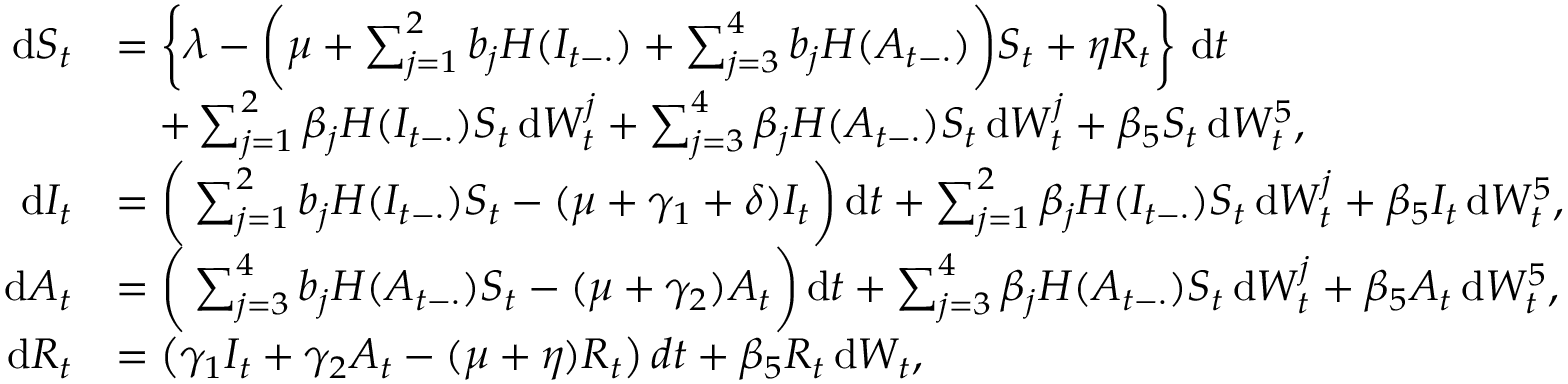
\begin{array} { r l } { \mathrm { d } S _ { t } } & { = \left\{ \lambda - \bigg ( \mu + \sum _ { j = 1 } ^ { 2 } b _ { j } H ( I _ { t - \cdot } ) + \sum _ { j = 3 } ^ { 4 } b _ { j } H ( A _ { t - \cdot } ) \bigg ) S _ { t } + \eta R _ { t } \right\} \, \mathrm { d } t } \\ & { \quad + \sum _ { j = 1 } ^ { 2 } \beta _ { j } H ( I _ { t - \cdot } ) S _ { t } \, \mathrm { d } W _ { t } ^ { j } + \sum _ { j = 3 } ^ { 4 } \beta _ { j } H ( A _ { t - \cdot } ) S _ { t } \, \mathrm { d } W _ { t } ^ { j } + \beta _ { 5 } S _ { t } \, \mathrm { d } W _ { t } ^ { 5 } , } \\ { \mathrm { d } I _ { t } } & { = \bigg ( \sum _ { j = 1 } ^ { 2 } b _ { j } H ( I _ { t - \cdot } ) S _ { t } - ( \mu + \gamma _ { 1 } + \delta ) I _ { t } \bigg ) \, \mathrm { d } t + \sum _ { j = 1 } ^ { 2 } \beta _ { j } H ( I _ { t - \cdot } ) S _ { t } \, \mathrm { d } W _ { t } ^ { j } + \beta _ { 5 } I _ { t } \, \mathrm { d } W _ { t } ^ { 5 } , } \\ { \mathrm { d } A _ { t } } & { = \bigg ( \sum _ { j = 3 } ^ { 4 } b _ { j } H ( A _ { t - \cdot } ) S _ { t } - ( \mu + \gamma _ { 2 } ) A _ { t } \bigg ) \, \mathrm { d } t + \sum _ { j = 3 } ^ { 4 } \beta _ { j } H ( A _ { t - \cdot } ) S _ { t } \, \mathrm { d } W _ { t } ^ { j } + \beta _ { 5 } A _ { t } \, \mathrm { d } W _ { t } ^ { 5 } , } \\ { \mathrm { d } R _ { t } } & { = \left( \gamma _ { 1 } I _ { t } + \gamma _ { 2 } A _ { t } - ( \mu + \eta ) R _ { t } \right) d t + \beta _ { 5 } R _ { t } \, \mathrm { d } W _ { t } , } \end{array}